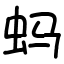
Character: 蚂